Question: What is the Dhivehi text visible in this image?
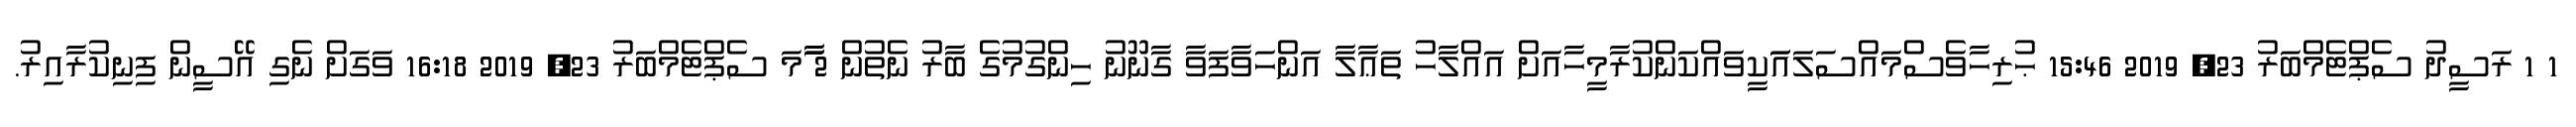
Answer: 1 1 ރަސީދު ސެޕްޓެމްބަރު 23, 2019 15:46 ޙުރިހާވެސްމައްސަލައަަކީވައްކަންކުރާމީހާއަށް އައްލާހު ތަޢާލާ އަންހަވާފަވާ ގާނޫނު ހިންގުމުގެ ބާރު ނެތުން 2 ާަާމަ ސެޕްޓެމްބަރު 23, 2019 16:18 ވަގަށް ނެގި އޭސީން ފިނިކުރާއިރު.